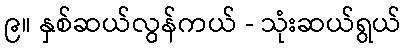
၉။ နှစ်ဆယ်လွန်ကယ် - သုံးဆယ်ရွယ်